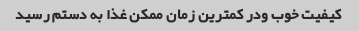
کیفیت خوب ودر کمترین زمان ممکن غذا به دستم رسید